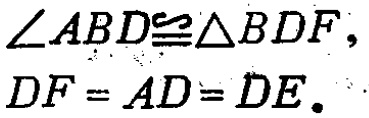
$\angle ABD\cong\triangle BDF,\\DF = AD = DE.$